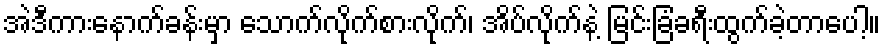
အဲဒီကားနောက်ခန်းမှာ သောက်လိုက်စားလိုက်၊ အိပ်လိုက်နဲ့ မြင်းခြံခရီးထွက်ခဲ့တာပေါ့။